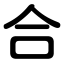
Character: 合